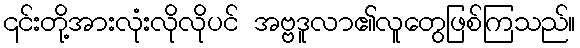
၎င်းတို့အားလုံးလိုလိုပင် အဗ္ဗဒူလာ၏လူတွေဖြစ်ကြသည်။